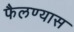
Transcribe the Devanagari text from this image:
फैलण्यास